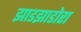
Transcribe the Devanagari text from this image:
झाडझाडोरा